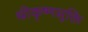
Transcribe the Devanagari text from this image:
श्रीकृष्णसूक्ति